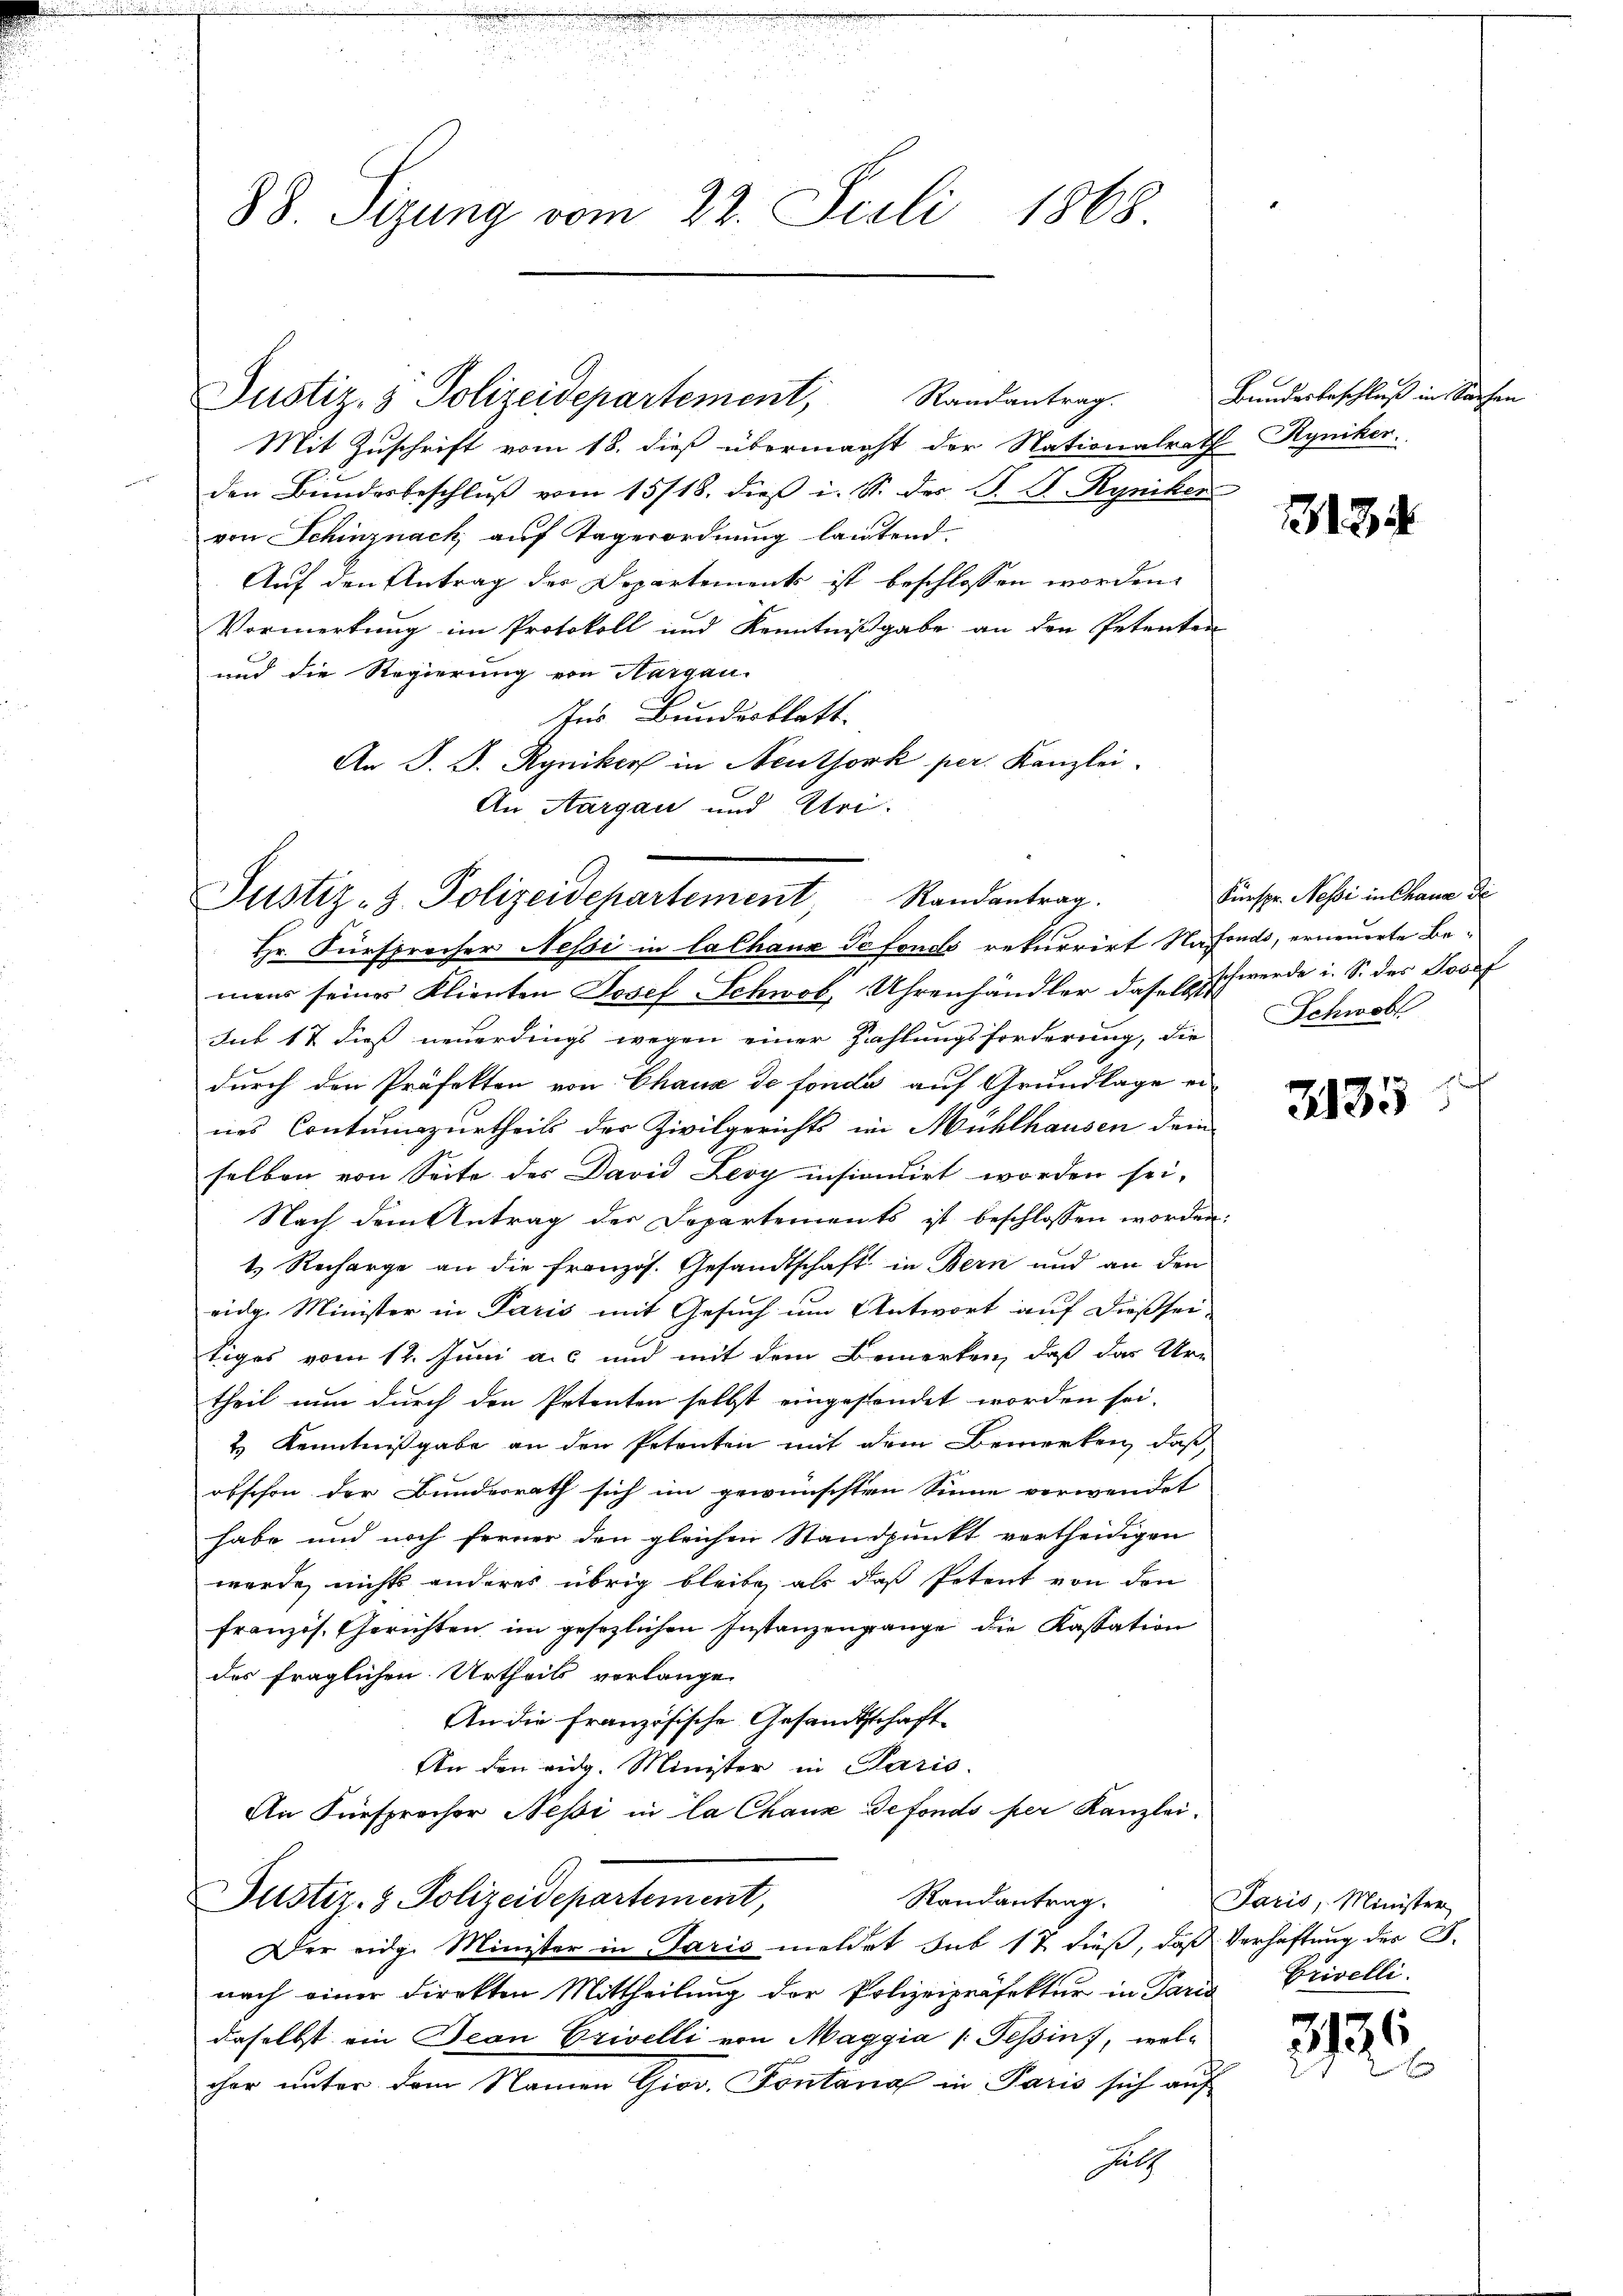
88. Sizung vom 22. Juli 1868.

Justiz- & Polizeidepartement, Randantrag.

Mit Zuschrift vom 18. dieß übermacht der Nationalrath Ryniker
den Bundesbeschlŭβ vom 15/18. dieß i. S. des P. J. Ryniker
von Schinznach auf Tagerordnung lautend.
Auf den Antrag des Dopartements ist beschlossen worden.
Vormerkung im Protokoll und Kenntnißgabe an den Petenten
und die Regierung von Margau.
Ins Bundesblatt.
An J. J. Ryniker in Neuthork per. Kanzlei-
An Aargau und Uri-

Justiz-Z. Polizeidepartement, Randantrag.
Hr. Fürsprocher Nessi in lachanz Sefonds rekurrirt Nafonds, erneuerte Be¬

mens seines Klienten Josef Schwob, Uhrenhändler das Erschwerde i. S. des Josef
Sub 17 dieß neuerdings wegen einer Zahlungsforderung, die Schwohl
durch den Präfekten von Chaux de fonde auf Grundlage ei
nes Contunzurtheils der Zivilgerichts in Mühlhausen dem
selben von Seite des David Leoy insiondirt worden sei,
Nach dem Antrag der Departements ist beschlossen worden:
t. Recharge an die französ. Gesandtschaft in Bern und an den
eidg. Minister in Paris mit Gesuch um Antwort auf dießsei-
tiges vom 12. Juni a. und mit dem Bemerken, daß das Ur-
theil nun durch den Petenten selbst eingestendet worden sei.
& Kenntnißgabe an den Petenten mit dem Bemerken, daß
obschon der Bundesrath sich im gewünschten Sinne verwendet
habe und noch ferner den gleichen Standpunkt vertheidigen
werde, nichts anderes übrig bleibe, als daß Petent von den
französ. Gerichten, im gesezlichen Instanzengange die Kassation
des fraglichen Urtheils verlange.
An die französische Gesamtsschaft
An den eidg. Minister in Paris.
An Fürsprocher Nessi in la Chaux defonds per Kanzlei-
Randantrag.
Justiz- & Polizeidepartement,
Der eidge Minister in Paris meldet sub 17 dieß, daß Verhaftung des S.
nach einer direkten Mittheilung der Polizeipräfektur in Paris Privelli.
daselbst ein Jean Privelli von Maggia (Tessin, welcher unter dem Namen Gior. Fontana in Paris sich auf
hulz

Bundesbeschluß in Sachen

13134

Fürspr. Nessi in Chaus de

3135

Paris, Minister

2136